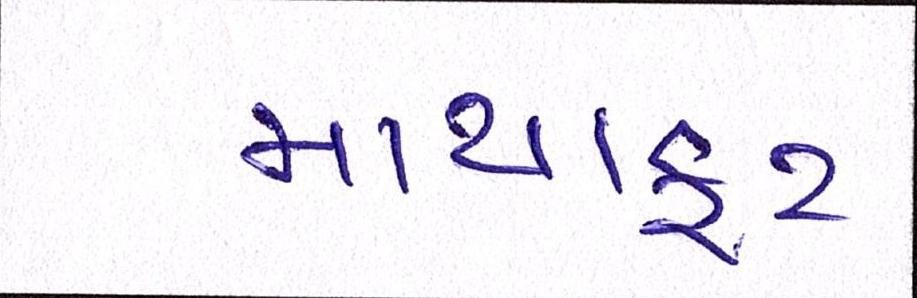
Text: માથાકૂટ